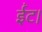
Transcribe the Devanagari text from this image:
ईंट।